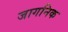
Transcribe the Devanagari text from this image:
जागनिक